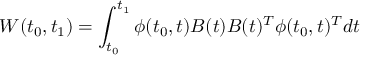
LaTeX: W ( t _ { 0 } , t _ { 1 } ) = \int _ { t _ { 0 } } ^ { t _ { 1 } } \phi ( t _ { 0 } , t ) B ( t ) B ( t ) ^ { T } \phi ( t _ { 0 } , t ) ^ { T } d t